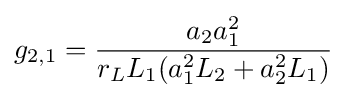
g_{2,1}={\frac {a_{2}a_{1}^{2}}{r_{L}L_{1}(a_{1}^{2}L_{2}+a_{2}^{2}L_{1})}}